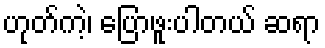
ဟုတ်ကဲ့၊ ပြောဖူးပါတယ် ဆရာ